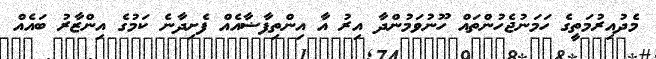
މެދުއިރުމަތީގެ ހަމަނުޖެހުންތައް ހޫނުވަމުންދާ އިރު އާ އިންތިފާޟާއެއް ފެެށިދާނެ ކަމުގެ އިންޒާރު ބައެއް